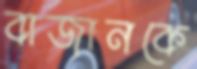
বাজানকে